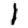
Digit: 1